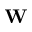
\textbf { W }